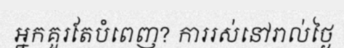
អ្នកគួរតែបំពេញ? ការរស់នៅរាល់ថ្ងៃ